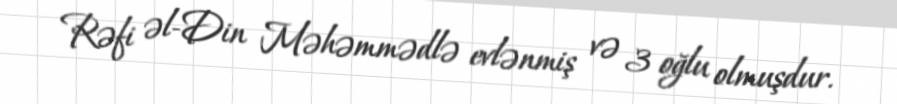
Rəfi əl-Din Məhəmmədlə evlənmiş və 3 oğlu olmuşdur.